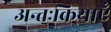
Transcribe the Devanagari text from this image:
अन्तःक्रियाएँ